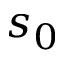
s _ { 0 }